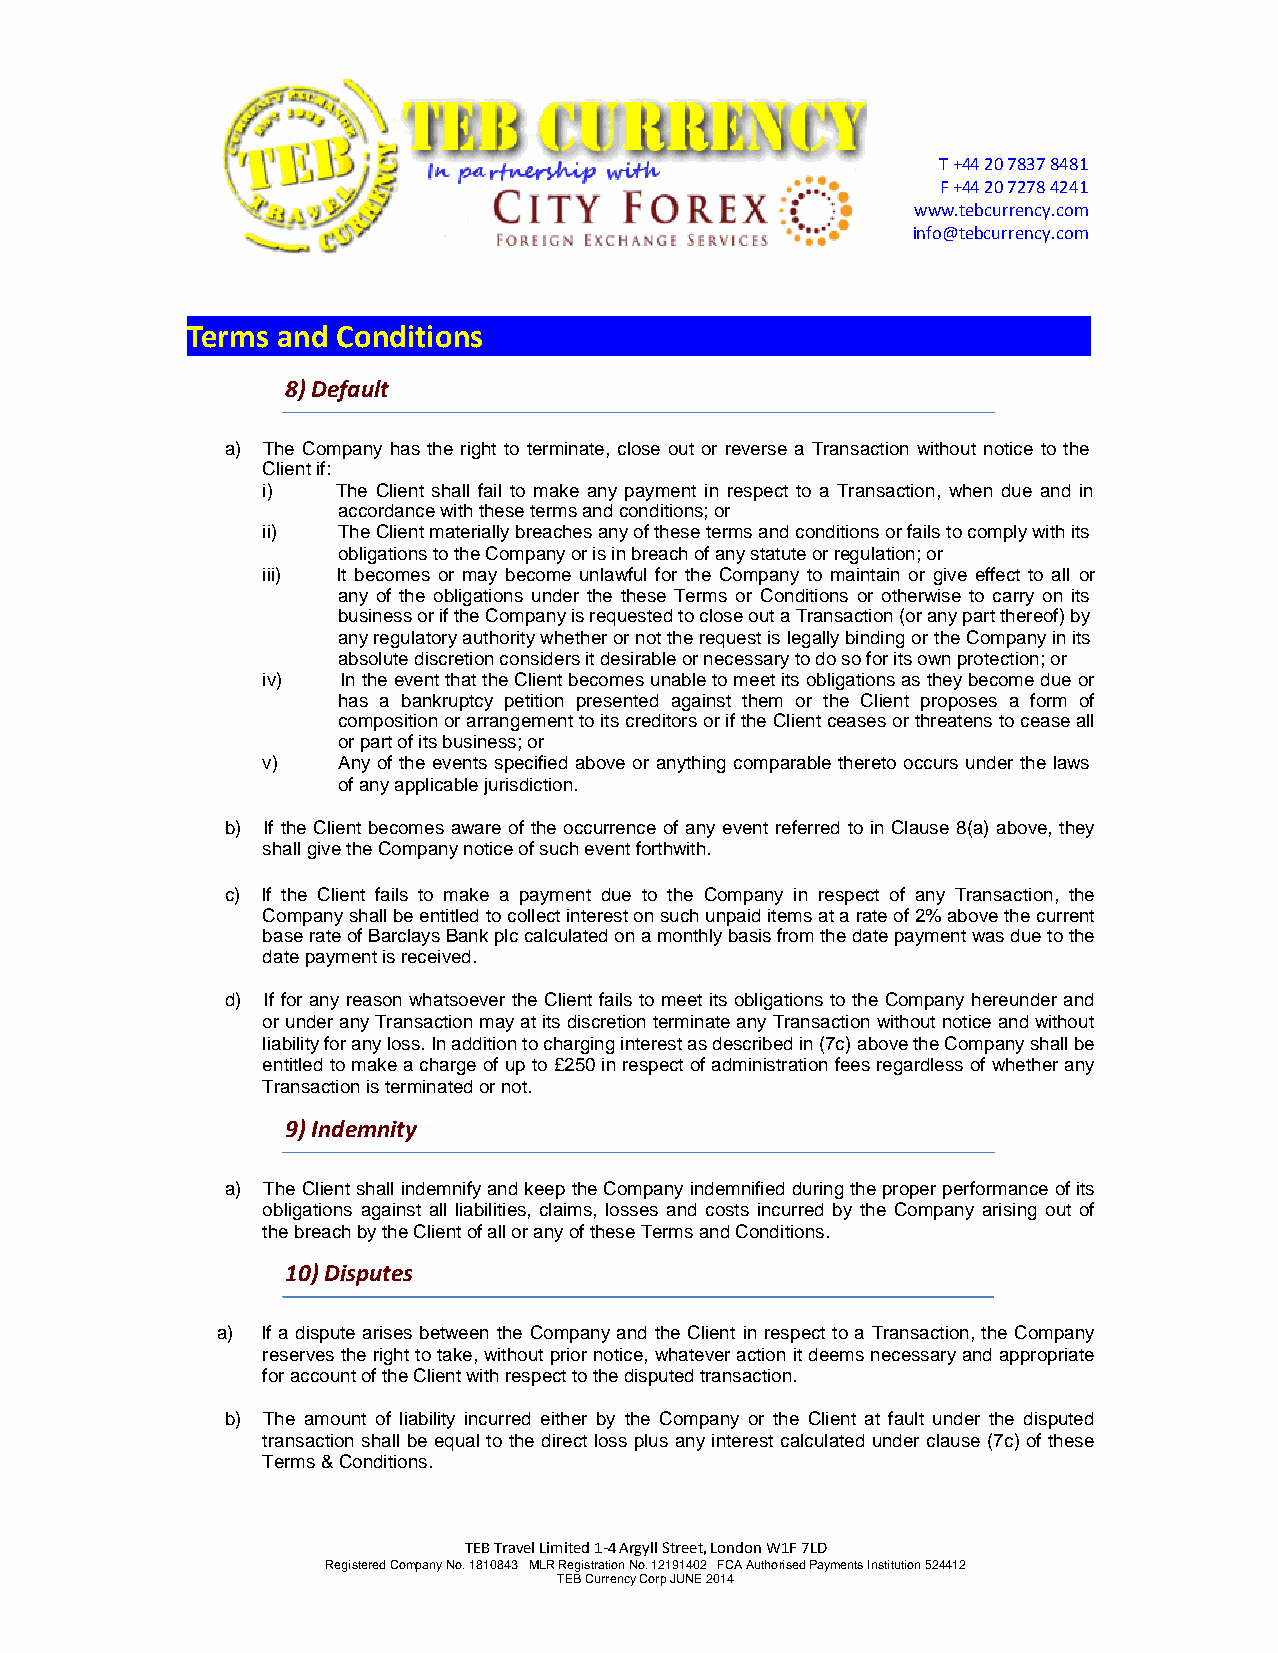
T +44 20 7837 8481
 F +44 20 7278 4241
 www.tebcurrency.com
 info@tebcurrency.com
 Terms and Conditions
 8) Default
 a) The Company has the right to terminate, close out or reverse a Transaction without notice to the
 Client if:
 i)   The Client shall fail to make any payment in respect to a Transaction, when due and in
 accordance with these terms and conditions; or
 ii)  The Client materially breaches any of these terms and conditions or fails to comply with its
 obligations to the Company or is in breach of any statute or regulation; or
 iii) It becomes or may become unlawful for the Company to maintain or give effect to all or
 any of the obligations under the these Terms or Conditions or otherwise to carry on its
 business or if the Company is requested to close out a Transaction (or any part thereof) by
 any regulatory authority whether or not the request is legally binding or the Company in its
 absolute discretion considers it desirable or necessary to do so for its own protection; or
 iv)   In the event that the Client becomes unable to meet its obligations as they become due or
 has a bankruptcy petition presented against them or the Client proposes a form of
 composition or arrangement to its creditors or if the Client ceases or threatens to cease all
 or part of its business; or
 v)   Any of the events specified above or anything comparable thereto occurs under the laws
 of any applicable jurisdiction.
 b) If the Client becomes aware of the occurrence of any event referred to in Clause 8(a) above, they
 shall give the Company notice of such event forthwith.
 c) If the Client fails to make a payment due to the Company in respect of any Transaction, the
 Company shall be entitled to collect interest on such unpaid items at a rate of 2% above the current
 base rate of Barclays Bank plc calculated on a monthly basis from the date payment was due to the
 date payment is received.
 d) If for any reason whatsoever the Client fails to meet its obligations to the Company hereunder and
 or under any Transaction may at its discretion terminate any Transaction without notice and without
 liability for any loss. In addition to charging interest as described in (7c) above the Company shall be
 entitled to make a charge of up to £250 in respect of administration fees regardless of whether any
 Transaction is terminated or not.
 9) Indemnity
 a) The Client shall indemnify and keep the Company indemnified during the proper performance of its
 obligations against all liabilities, claims, losses and costs incurred by the Company arising out of
 the breach by the Client of all or any of these Terms and Conditions.
 10) Disputes
 a) If a dispute arises between the Company and the Client in respect to a Transaction, the Company
 reserves the right to take, without prior notice, whatever action it deems necessary and appropriate
 for account of the Client with respect to the disputed transaction.
 b) The amount of liability incurred either by the Company or the Client at fault under the disputed
 transaction shall be equal to the direct loss plus any interest calculated under clause (7c) of these
 Terms & Conditions.
 TEB Travel Limited 1-4 Argyll Street, London W1F 7LD
 Registered Company No. 1810843 MLR Registration No. 12191402 FCA Authorised Payments Institution 524412
 TEB Currency Corp JUNE 2014